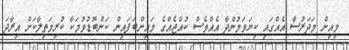
މިއިން މަދަރުސާ އެއްގައި ކިޔަވަމުންދާ އެއްވެސް ކުއްޖެއްގެ މައިންބަފައިން ކަންބޮޑުވުމަކާ ކުރިމަތިލާކަށް އިރާދަ